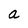
Character: a